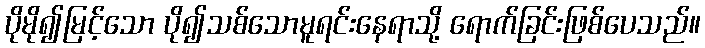
ပိုမို၍မြင့်သော ပို၍သစ်သောမူရင်းနေရာသို့ ရောက်ခြင်းဖြစ်ပေသည်။